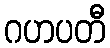
ဂဟပတီ